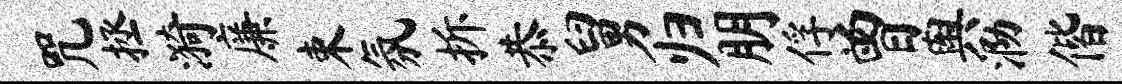
咒拯漪廉束氛拆恭舅归朋俘曾舆泐偕